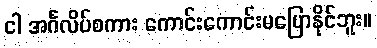
ငါ အင်္ဂလိပ်စကား ကောင်းကောင်းမပြောနိုင်ဘူး။